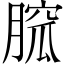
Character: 𦞭